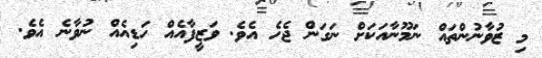
މި ޒުވާނުންތައް ނަމޫނާއަކަށް ނަގަން ޖެހެ އެވެ. ވަޒީފާއެއް ހަޑިއެއް ނުވާނެ އެވެ.